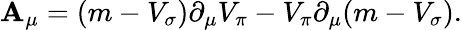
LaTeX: {\cal\mathbf{A}}_{\mu}=(m-V_{\sigma})\partial_{\mu}V_{\pi}-V_{\pi}\partial_{\mu}(m-V_{\sigma}).